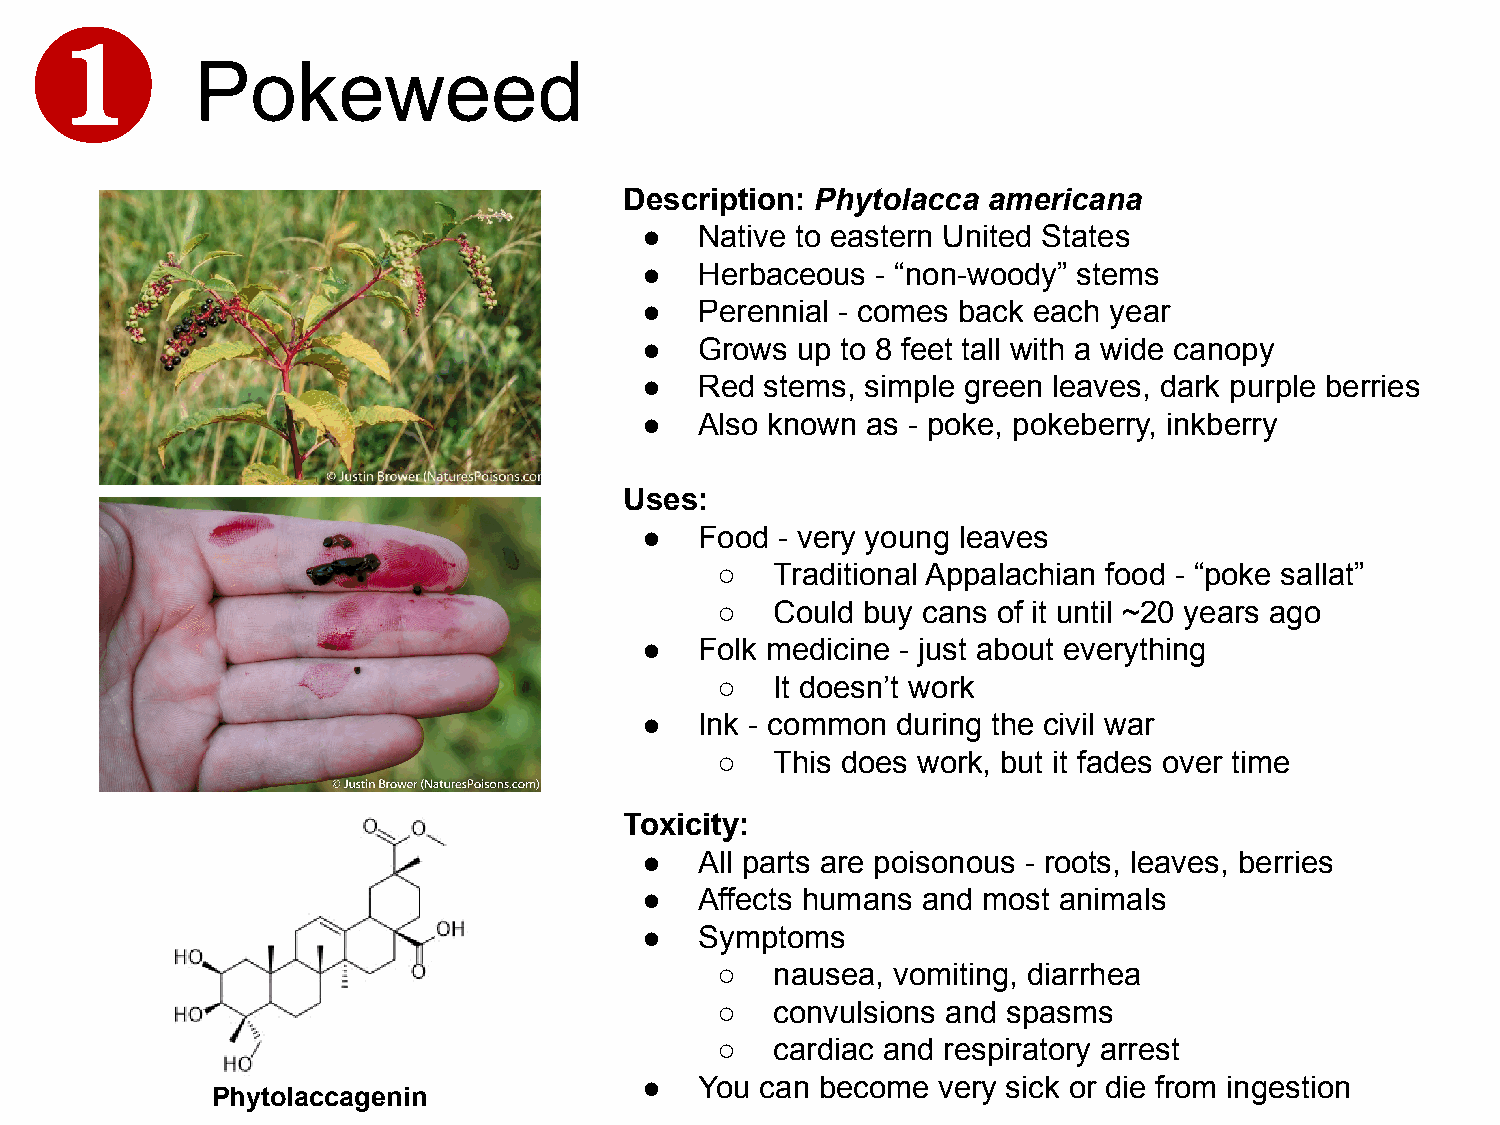
❶
 Pokeweed
 Description: Phytolacca americana
 ●   Native to eastern United States
 ●   Herbaceous  - “non-woody” stems
 ●   Perennial - comes back each year
 ●   Grows  up to 8 feet tall with a wide canopy
 ●   Red  stems, simple green leaves, dark purple berries
 ●   Also known as - poke, pokeberry, inkberry
 Uses:
 ●   Food  - very young leaves
 ○   Traditional Appalachian food - “poke sallat”
 ○   Could buy cans of it until ~20 years ago
 ●   Folk medicine - just about everything
 ○   It doesn’t work
 ●   Ink - common during the civil war
 ○   This does work, but it fades over time
 Toxicity:
 ●   All parts are poisonous - roots, leaves, berries
 ●   Affects humans and most animals
 ●   Symptoms
 ○   nausea, vomiting, diarrhea
 ○   convulsions and spasms
 ○   cardiac and respiratory arrest
 ●   You can become  very sick or die from ingestion
 Phytolaccagenin